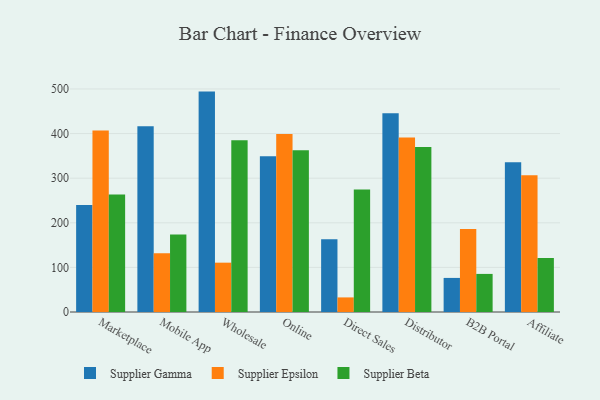
{"axis": {"x": "Channel", "y": "Shipments"}, "legend": ["Supplier Beta", "Supplier Epsilon", "Supplier Gamma"], "data": [{"x": "Marketplace", "y": 239.8, "type": "Supplier Gamma"}, {"x": "Marketplace", "y": 407.1, "type": "Supplier Epsilon"}, {"x": "Marketplace", "y": 263.4, "type": "Supplier Beta"}, {"x": "Mobile App", "y": 416.4, "type": "Supplier Gamma"}, {"x": "Mobile App", "y": 131.8, "type": "Supplier Epsilon"}, {"x": "Mobile App", "y": 173.7, "type": "Supplier Beta"}, {"x": "Wholesale", "y": 494.1, "type": "Supplier Gamma"}, {"x": "Wholesale", "y": 110.6, "type": "Supplier Epsilon"}, {"x": "Wholesale", "y": 385.2, "type": "Supplier Beta"}, {"x": "Online", "y": 349.3, "type": "Supplier Gamma"}, {"x": "Online", "y": 399.3, "type": "Supplier Epsilon"}, {"x": "Online", "y": 362.6, "type": "Supplier Beta"}, {"x": "Direct Sales", "y": 163.3, "type": "Supplier Gamma"}, {"x": "Direct Sales", "y": 32.7, "type": "Supplier Epsilon"}, {"x": "Direct Sales", "y": 274.4, "type": "Supplier Beta"}, {"x": "Distributor", "y": 445.4, "type": "Supplier Gamma"}, {"x": "Distributor", "y": 391.4, "type": "Supplier Epsilon"}, {"x": "Distributor", "y": 370.1, "type": "Supplier Beta"}, {"x": "B2B Portal", "y": 76.4, "type": "Supplier Gamma"}, {"x": "B2B Portal", "y": 186.3, "type": "Supplier Epsilon"}, {"x": "B2B Portal", "y": 85.4, "type": "Supplier Beta"}, {"x": "Affiliate", "y": 335.5, "type": "Supplier Gamma"}, {"x": "Affiliate", "y": 306.3, "type": "Supplier Epsilon"}, {"x": "Affiliate", "y": 121.2, "type": "Supplier Beta"}]}